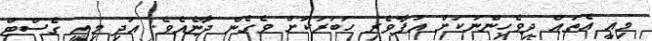
މިއީ އެތައް ދިވެހިންނަކަށް އުފާވެރި ހަބަރަކަށް ވެގެން ދާނެއެވެ. އަދި މިއީ ގެސްޓް